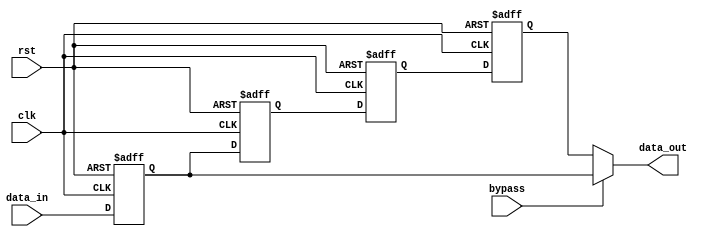
module CascadeBypassRegister (
    input wire clk,
    input wire rst,
    input wire bypass,
    input wire [WIDTH-1:0] data_in,
    output wire [WIDTH-1:0] data_out
);

parameter WIDTH = 8;
reg [WIDTH-1:0] reg1, reg2, reg3, reg4;

always @(posedge clk or posedge rst) begin
    if (rst) begin
        reg1 <= 0;
        reg2 <= 0;
        reg3 <= 0;
        reg4 <= 0;
    end else begin
        if (bypass) begin
            reg1 <= data_in;
            reg2 <= reg1;
            reg3 <= reg2;
            reg4 <= reg3;
        end else begin
            reg1 <= data_in;
            reg2 <= reg1;
            reg3 <= reg2;
            reg4 <= reg3;
        end
    end
end

assign data_out = bypass ? reg1 : reg4;

endmodule